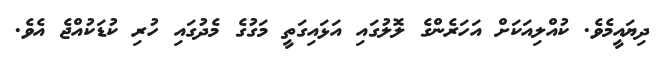
ދިޔައީމެވެ. ކުއްލިއަކަށް އަހަރެންގެ ލޮލުގައި އަޅައިގަތީ މަގުގެ މެދުގައި ހުރި ކުޑަކުއްޖެ އެވެ.